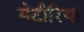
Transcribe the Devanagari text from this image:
मेटीरिया